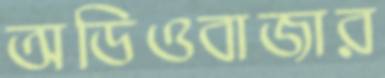
অডিওবাজার